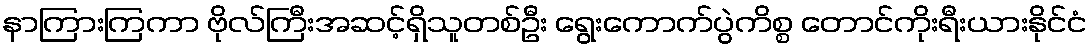
နာကြားကြကာ ဗိုလ်ကြီးအဆင့်ရှိသူတစ်ဦး ရွေးကောက်ပွဲကိစ္စ တောင်ကိုးရီးယားနိုင်ငံ